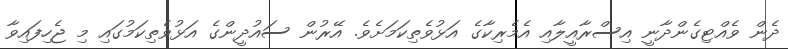
ދެން ވެއްޓިގެންދާނީ އިސްރާއީލާއި އެމެރިކާގެ އަޅުވެތިކަމަށެވެ. އޭރުން ސައުދީންގެ އަޅުވެތިކަމުގައި މި ޖެހިފައިވާ